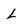
Character: L